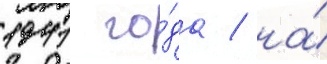
1941 го́да / на́